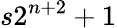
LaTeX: s2^{n+2}+1